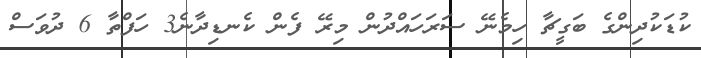
ކުޑަކުދިންގެ ބަގީޗާ ހިމެނޭ ސަރަހައްދުން މިރޭ ފެން ކެނޑިދާނެ3 ހަފްތާ 6 ދުވަސް